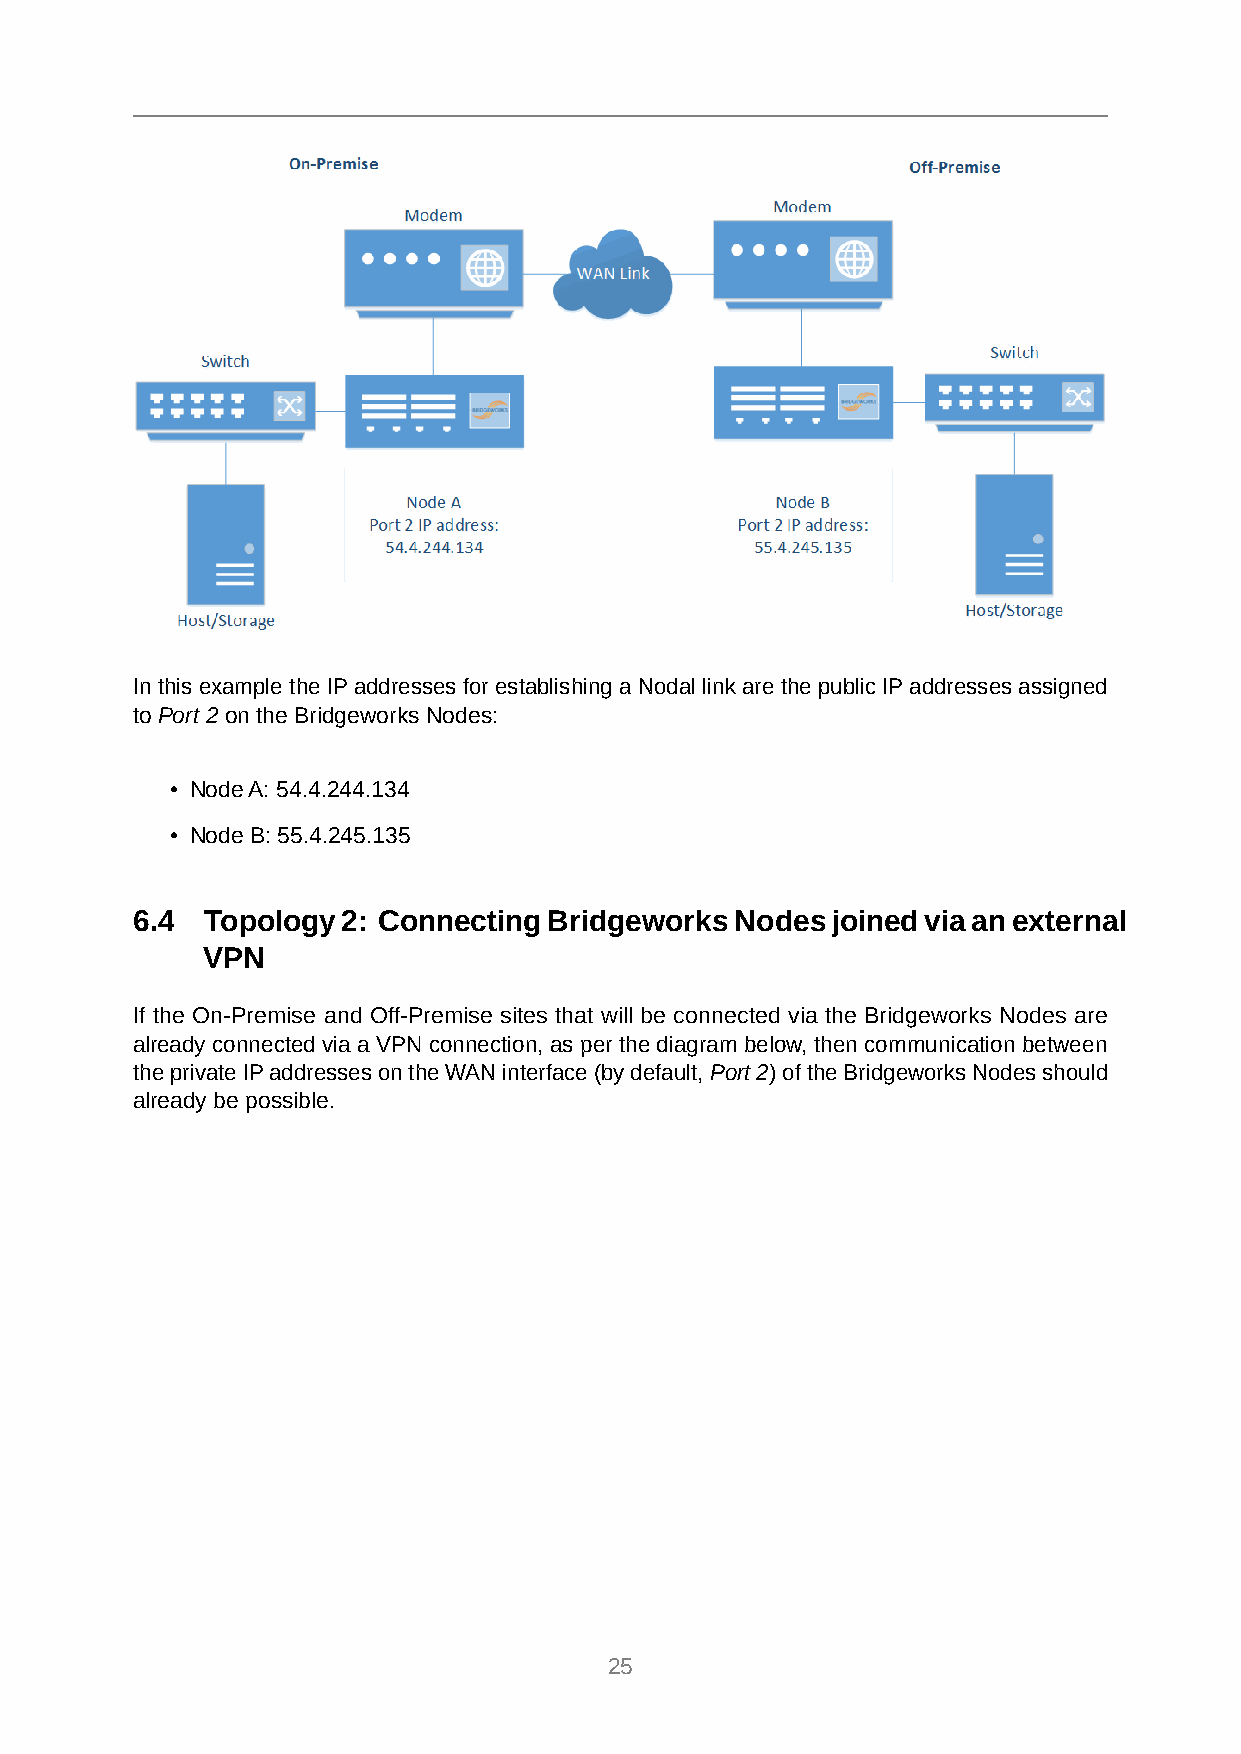
In this example the IPaddresses for establishing a Nodal link are the public IPaddresses assigned
 to Port 2 on the Bridgeworks Nodes:
 • NodeA: 54.4.244.134
 • Node B: 55.4.245.135
 6.4  Topology2: ConnectingBridgeworksNodesjoinedviaanexternal
 VPN
 If the On-Premise and Off-Premise sites that will be connected via the Bridgeworks Nodes are
 already connected via a VPN connection, as per the diagram below, then communication between
 theprivateIPaddressesontheWANinterface(bydefault,Port2)oftheBridgeworksNodesshould
 already be possible.
 25